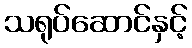
သရုပ်ဆောင်နှင့်